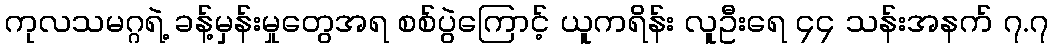
ကုလသမဂ္ဂရဲ့ ခန့်မှန်းမှုတွေအရ စစ်ပွဲကြောင့် ယူကရိန်း လူဦးရေ ၄၄ သန်းအနက် ၇.၇